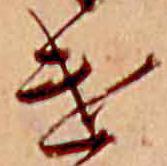
け